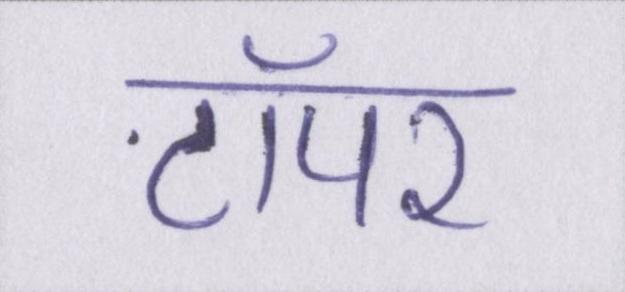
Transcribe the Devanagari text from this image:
टॉपर